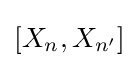
[X_{n},X_{n'}]